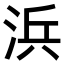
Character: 浜